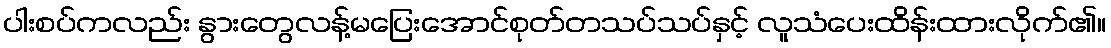
ပါးစပ်ကလည်း နွားတွေလန့်မပြေးအောင်စုတ်တသပ်သပ်နှင့် လူသံပေးထိန်းထားလိုက်၏။